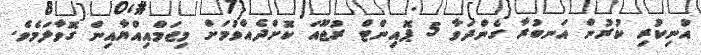
އުނިކުރި ކުރުން އަނބުރާ ގެންދަވާ 5 ޕޮއިންޓް ރުޖޫއަ ކޮށްދެއްވުމަށް މިޖަމްއިއްޔާއިން ގޮވާލަމެވެ.